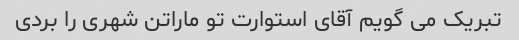
تبریک می گویم آقای استوارت تو ماراتن شهری را بردی